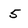
Character: 5